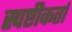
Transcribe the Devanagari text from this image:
स्पष्टीकर्ता